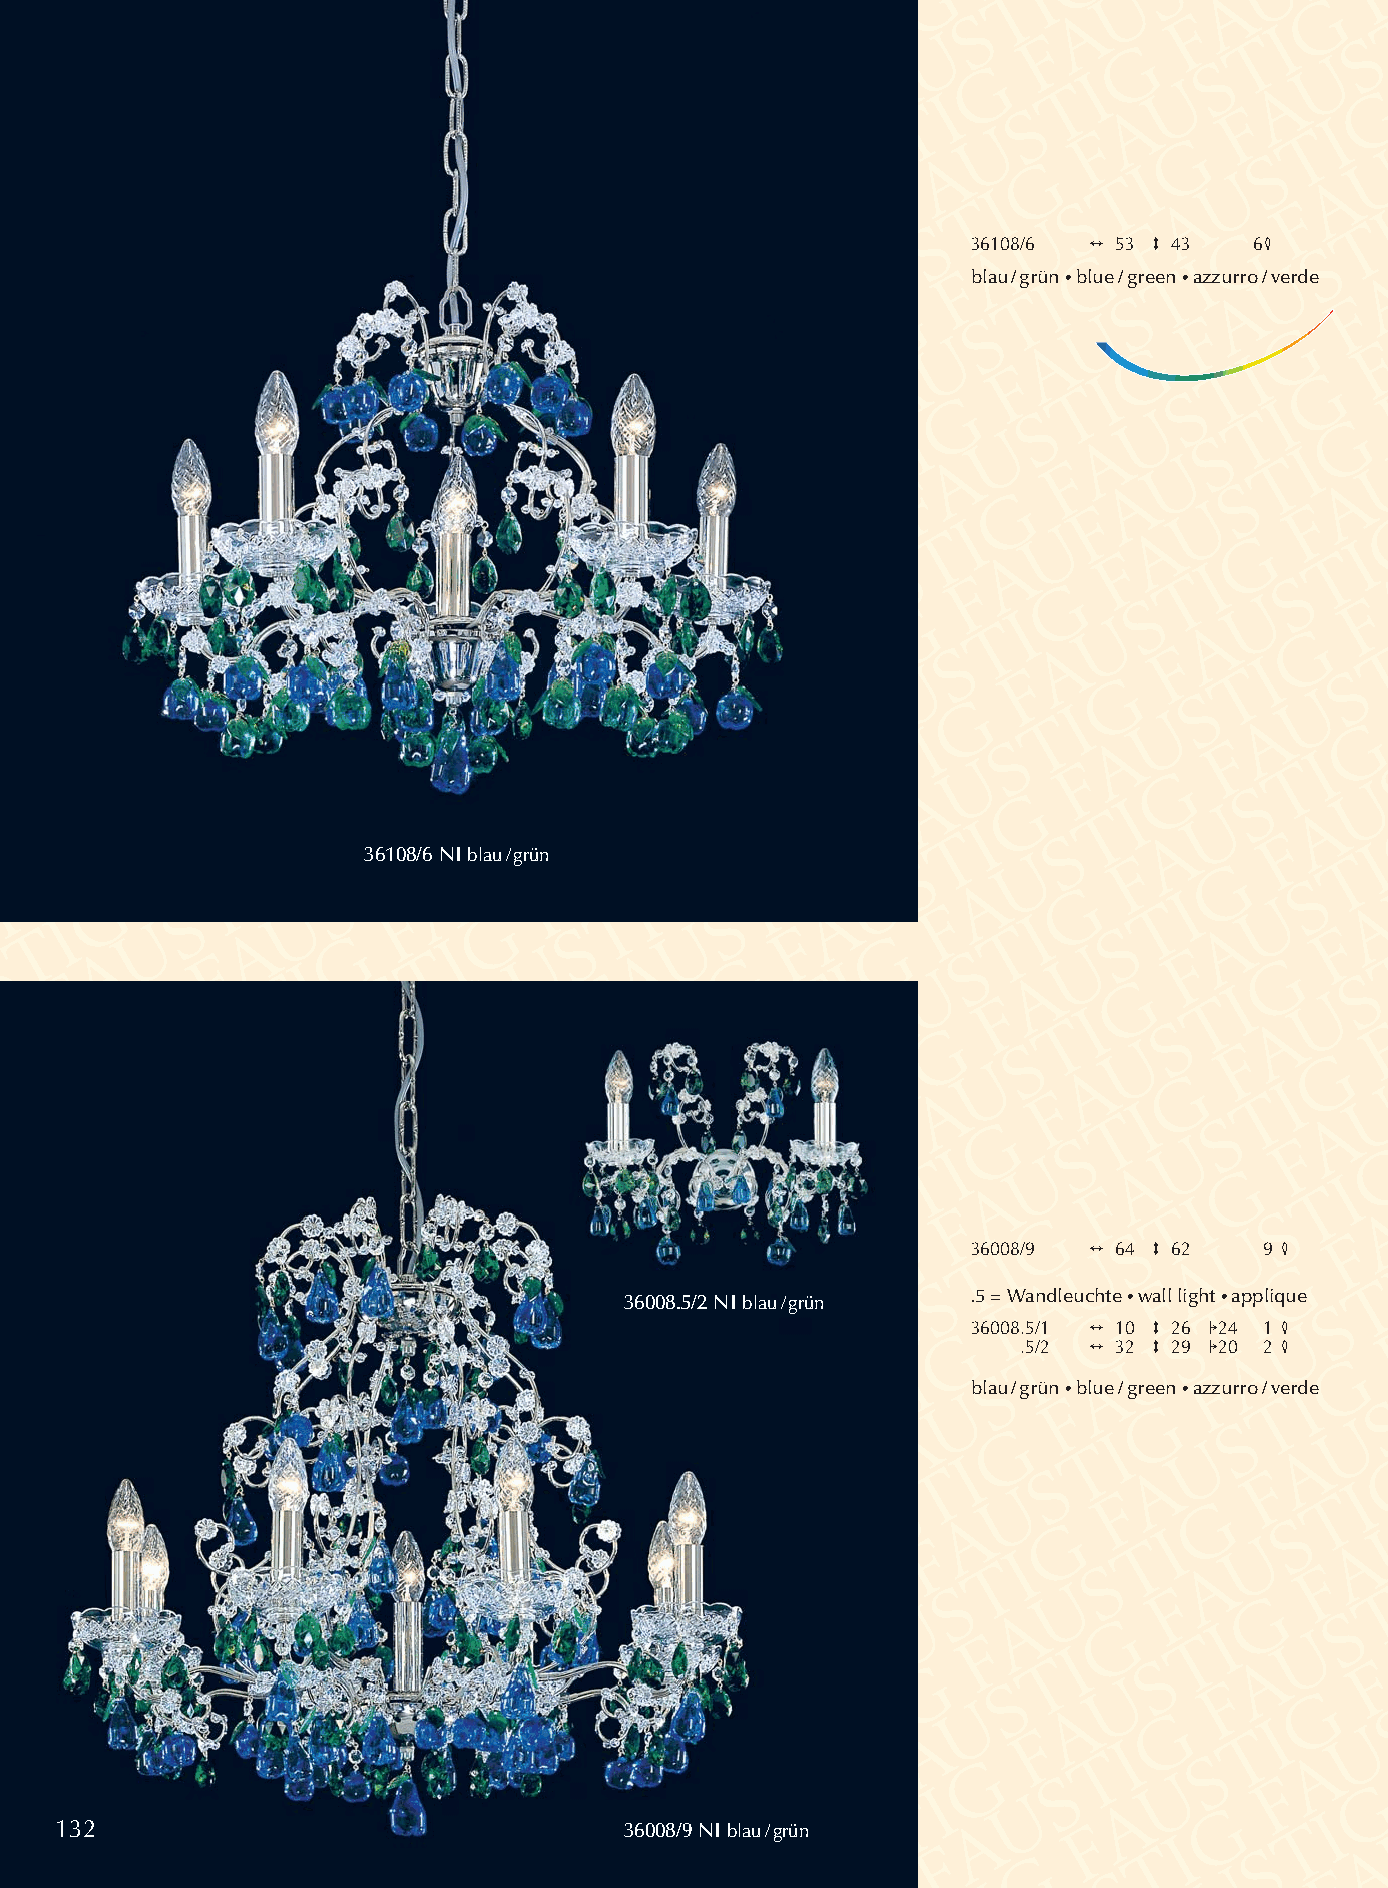
36108/6 2 53 3 43  64
 blau/grün •blue/green •azzurro/verde
 79000.5/2 CD
 36108/6 NI blau/grün
 36008/9 2 64 3 62   9 4
 36008.5/2 NI blau/grün .5 = Wandleuchte •wall light •applique
 36008.5/1 2 10 3 26 124 1 4
 .5/2 2 32 3 29 120 2 4
 blau/grün •blue/green •azzurro/verde
 132                                  36008/9 NI blau/grün